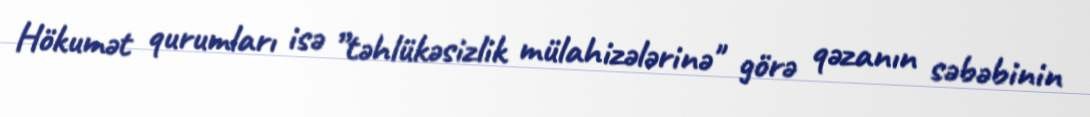
Hökumət qurumları isə ”təhlükəsizlik mülahizələrinə" görə qəzanın səbəbinin